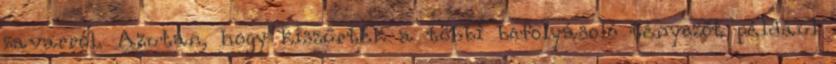
zavarról. Azután, hogy kiszűrték a többi befolyásoló tényezőt például